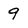
Character: 9